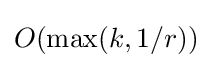
O(\max(k,1/r))